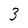
Character: 3